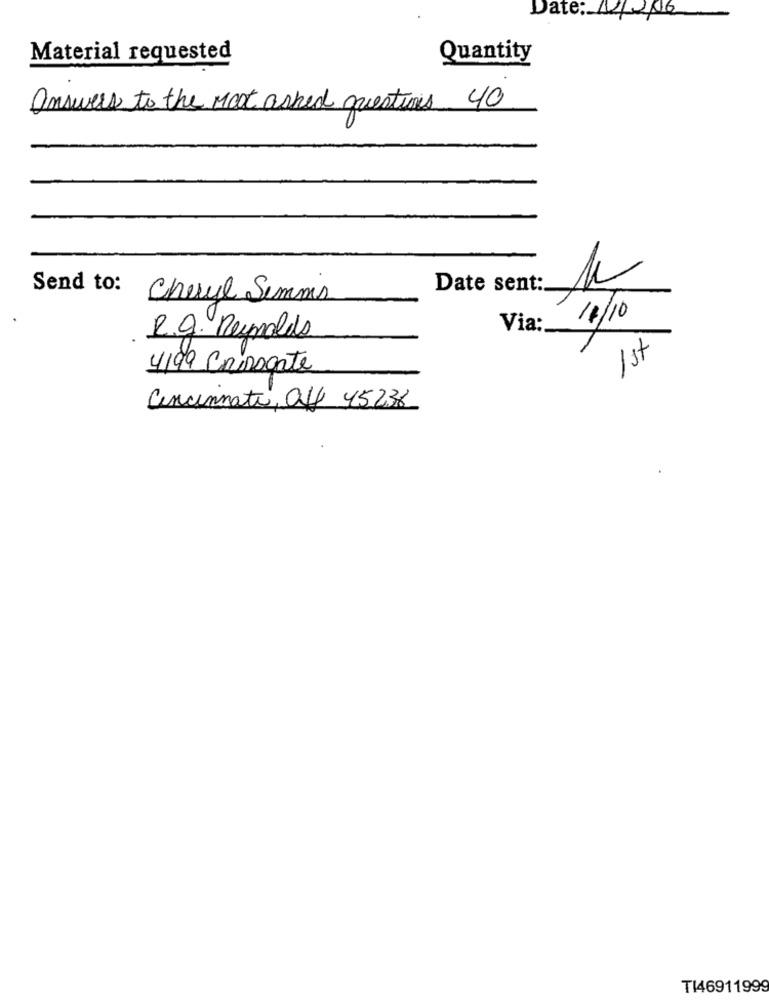
Date: 1/2016
Material requested
Quantity
answers to the Most asked questions 40
Send to:
Date sent:
Cheryl Semmis
18/10
Via:
R.g. Reynolds
1st
4199 Casogate
Cincinnati, Off 45236
TI46911999